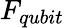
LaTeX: F_{qubit}